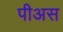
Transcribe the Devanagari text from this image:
पीअस